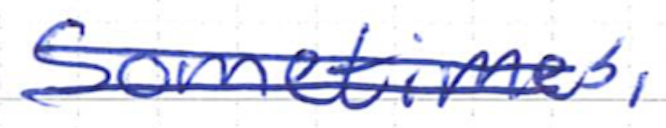
Text: Sometimes,
Cross-out: double-line
Writing tool: ballpoint